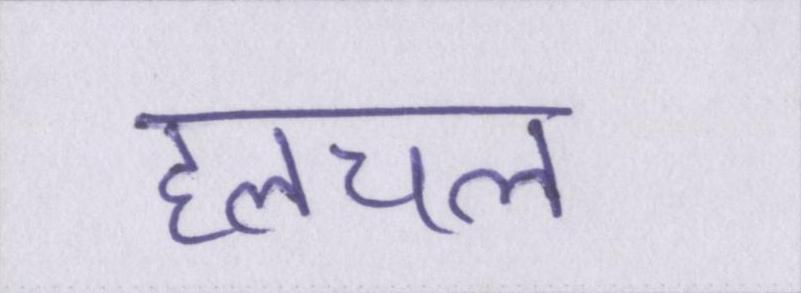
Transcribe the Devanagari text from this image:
हलचल